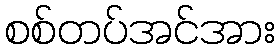
စစ်တပ်အင်အား